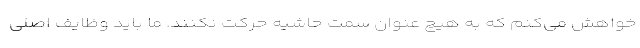
خواهش می‌کنم که به هیچ عنوان سمت حاشیه حرکت نکنند. ما باید وظایف اصلی